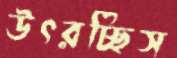
উৎরচ্ছিস